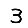
Digit: 3